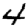
Digit: 4